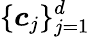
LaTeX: \{ \boldsymbol{c}_{j}\} _{j=1}^{d}